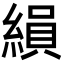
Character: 縜